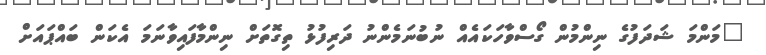
"މަންމަ ޝަދަފުގެ ނިންމުން ގޯސްވާހަކައެއް ނުބުނަމެންނު ދަރިފުޅު ތިގޮތަށް ނިންމާފައިވާނަމަ އެކަން ބައްޕައަށް